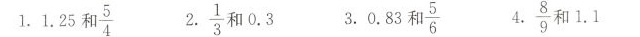
1.1.25和\frac{5}{4} 2. \frac{1}{3} 和0.3 3.0.38和\frac{5}{6} 4. \frac{8}{9} 和1.1